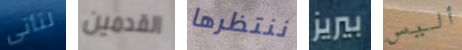
لتأتى القدمين ننتظرها بيريز أليس